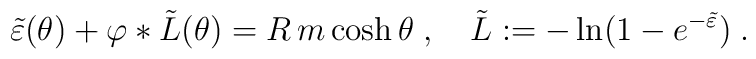
\tilde{\varepsilon}(\theta )+\varphi \ast \tilde{L}(\theta )=R\,m\cosh\theta \;,\quad \tilde{L}:=-\ln (1-e^{-\tilde{\varepsilon}})\;.